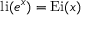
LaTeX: \operatorname { l i } ( e ^ { x } ) = \operatorname { E i } ( x )